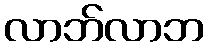
လာဘ်လာဘ